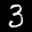
Label: 3